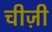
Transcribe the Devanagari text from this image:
चीज़ी